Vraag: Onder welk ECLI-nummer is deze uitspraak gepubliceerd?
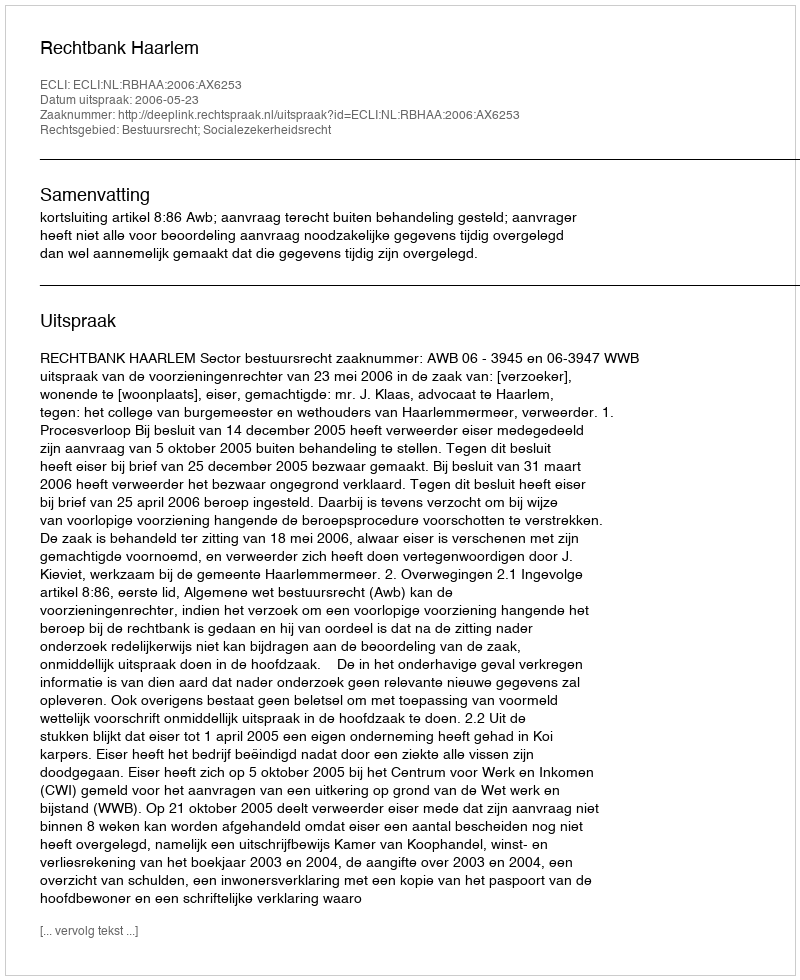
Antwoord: ECLI:NL:RBHAA:2006:AX6253